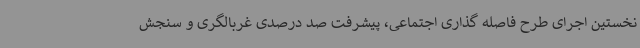
نخستین اجرای طرح فاصله گذاری اجتماعی، پیشرفت صد درصدی غربالگری و سنجش